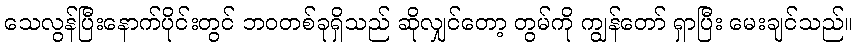
သေလွန်ပြီးနောက်ပိုင်းတွင် ဘဝတစ်ခုရှိသည် ဆိုလျှင်တော့ တွမ်ကို ကျွန်တော် ရှာပြီး မေးချင်သည်။